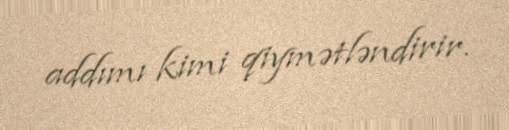
addımı kimi qiymətləndirir.